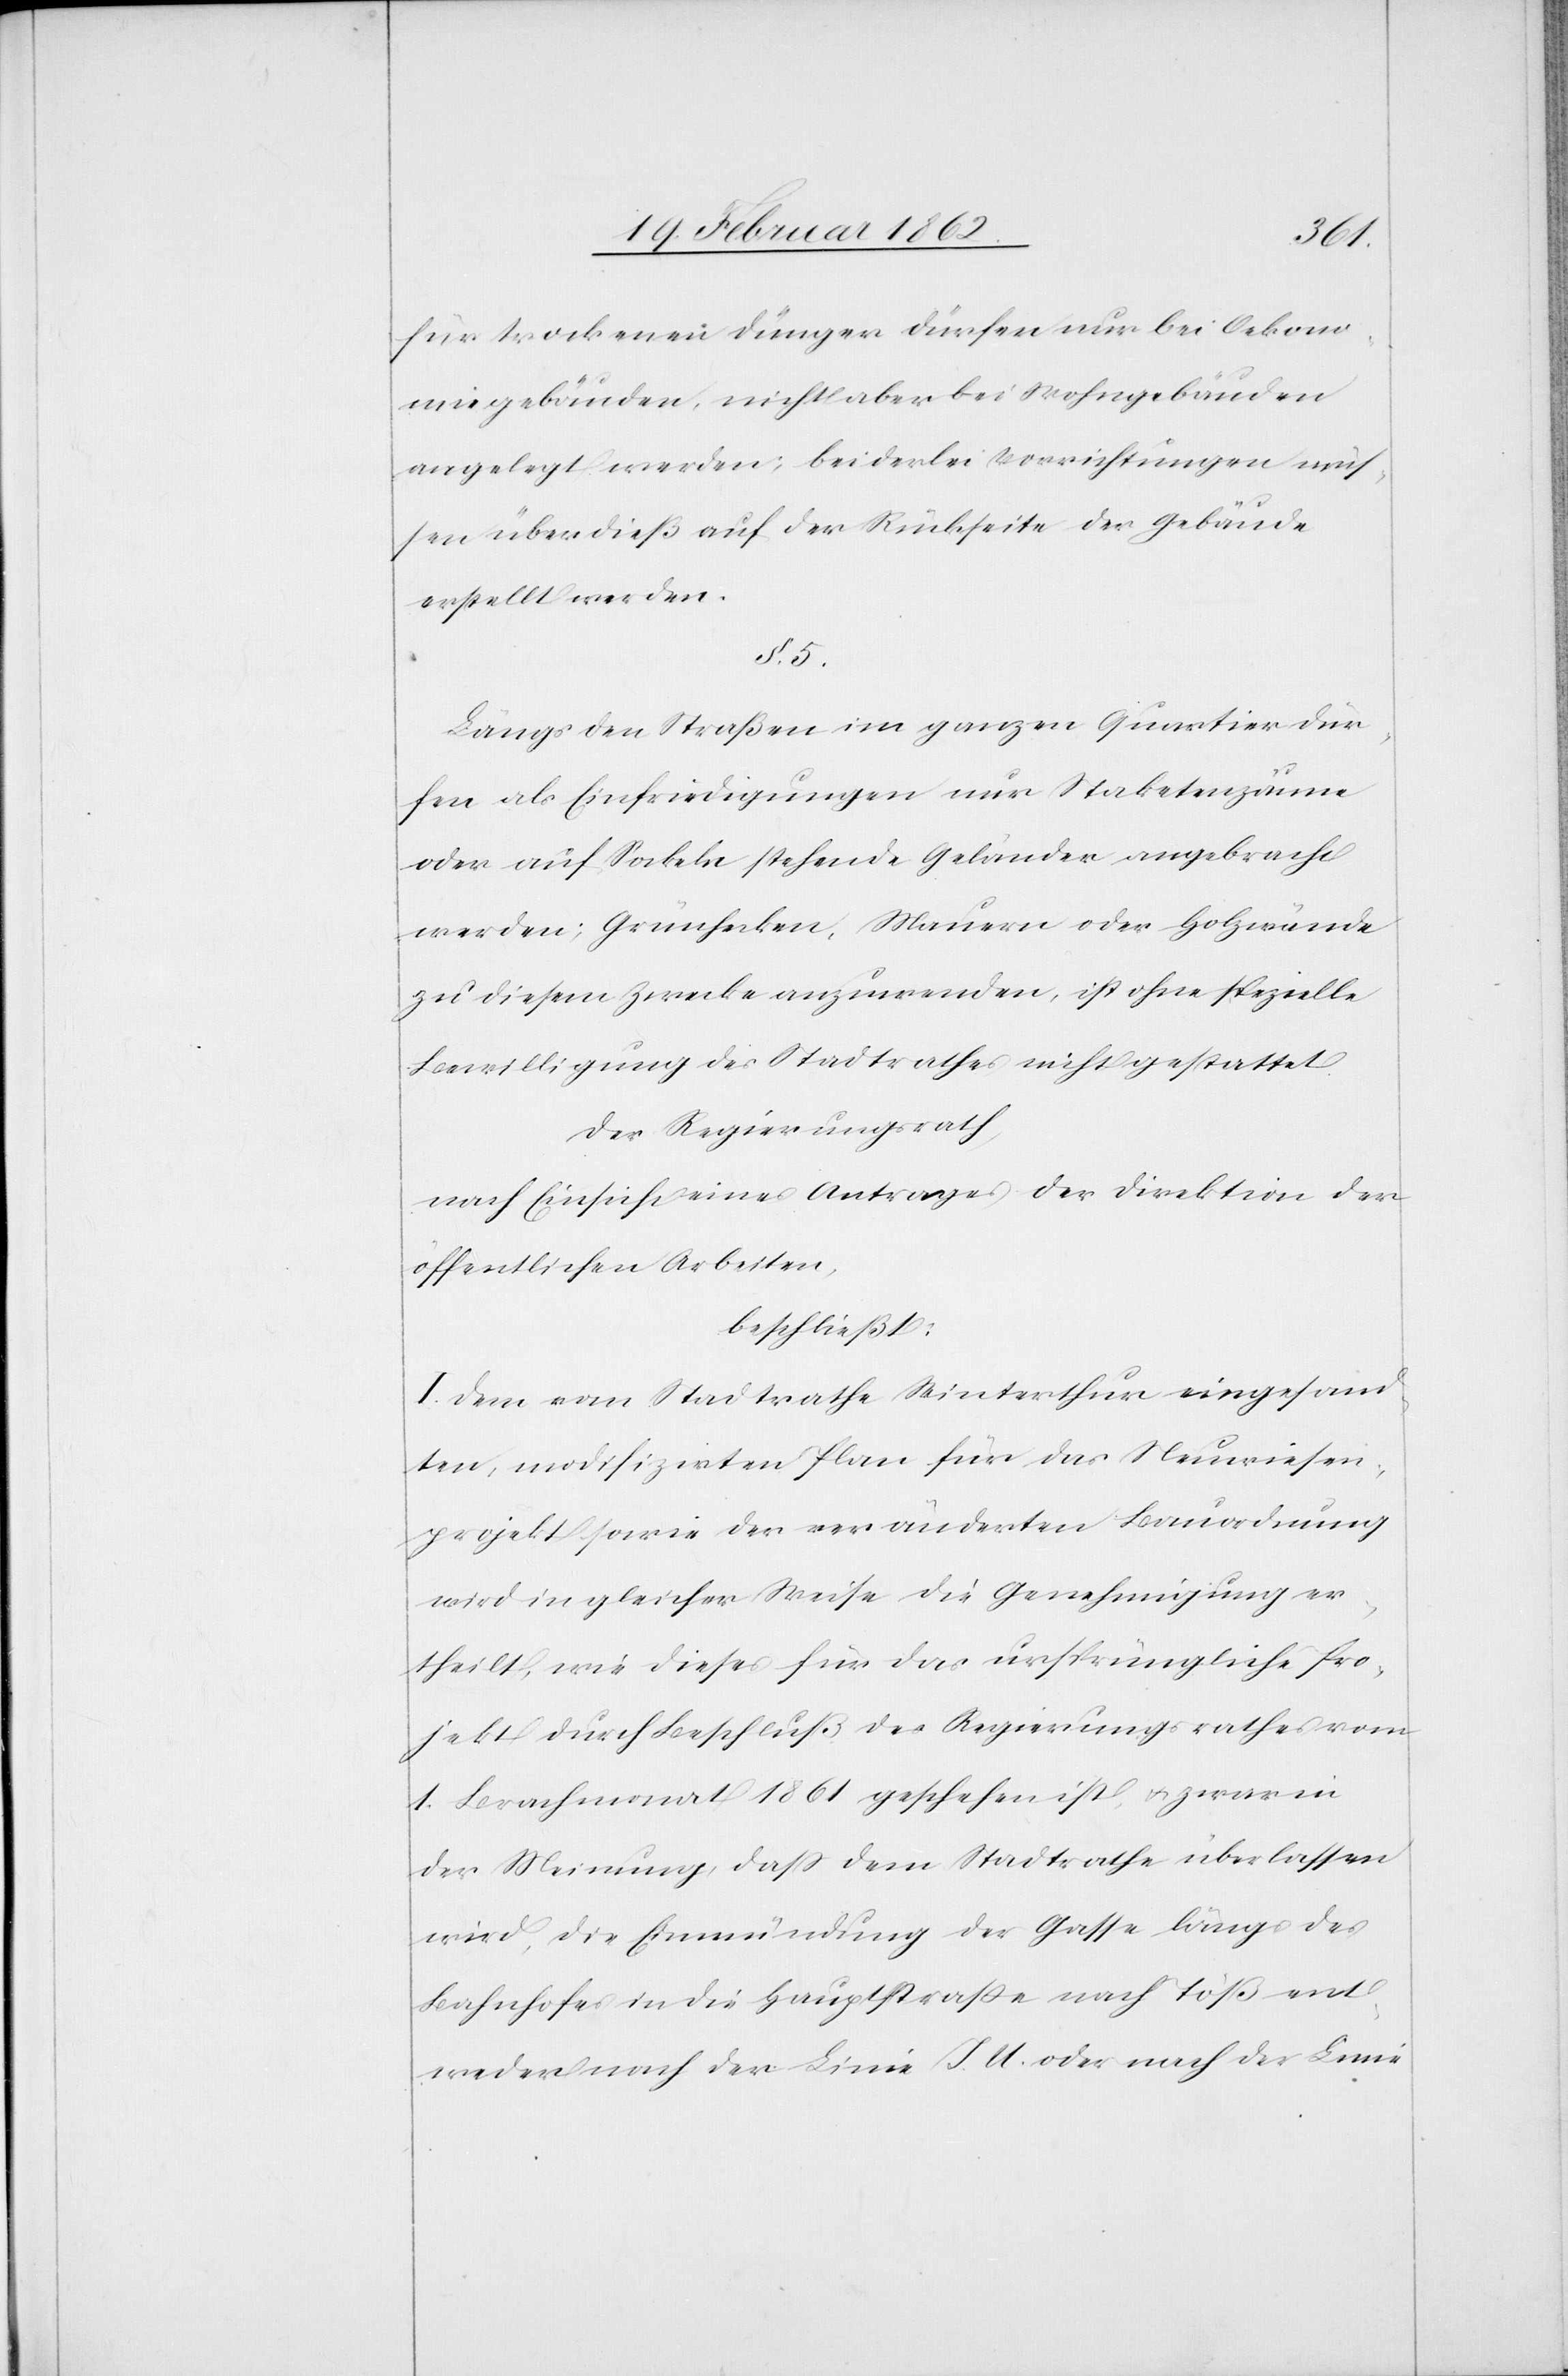
für trockenen Dünger dürfen nur bei Oekono¬
miegebäuden, nicht aber bei Wohngebäuden
angelegt werden; beiderlei Vorrichtungen müs¬
sen überdieß auf der Rückseite der Gebäude
erstellt werden.
§. 5.
Längs den Straßen im ganzen Quartier dür¬
fen als Einfriedigungen nur Staketenzäune
oder auf Sockeln stehende Geländer angebracht
werden; Grünhecken, Mauern oder Holzwände
zu diesem Zwecke anzuwenden, ist ohne spezielle
Bewilligung des Stadtrathes nicht gestattet.
Der Regierungsrath,
nach Einsicht eines Antrages der Direktion der
öffentlichen Arbeiten,
beschließt:
I. Dem vom Stadtrathe Winterthur eingesand¬
ten, modifizirten Plan für das Neuwiesen¬
projekt sowie der veränderten Bauordnung
wird in gleicher Weise die Genehmigung er¬
theilt, wie dieses für das ursprüngliche Pro¬
jekt durch Beschluß des Regierungsrathes vom
1. Brachmonat 1861 geschehen ist, u. zwar in
der Meinung, daß dem Stadtrathe überlassen
wird, die Einmündung der Gasse längs des
Bahnhofes in die Hauptstraße nach Töß ent¬
weder nach der Linie J. U. oder nach der Linie